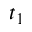
t _ { 1 }